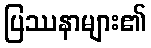
ပြဿနာများ၏